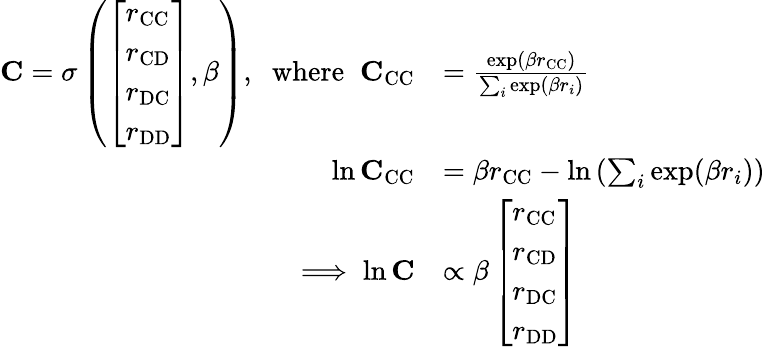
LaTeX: \begin{array}{rl}{\mathbf{C}=\sigma\left(\left[\begin{array}{l}{r_{\mathrm{CC}}}\\ {r_{\mathrm{CD}}}\\ {r_{\mathrm{DC}}}\\ {r_{\mathrm{DD}}}\end{array}\right],\beta\right),\; \; \mathrm{where}\; \; \mathbf{C}_{\mathrm{CC}}}&{=\frac{\exp(\beta r_{\mathrm{CC}})}{\sum_{i}\exp(\beta r_{i})}}\\ {\ln\mathbf{C}_{\mathrm{CC}}}&{=\beta r_{\mathrm{CC}}-\ln\left(\sum_{i}\exp(\beta r_{i})\right)}\\ {\implies\ln\mathbf{C}}&{\propto\beta\left[\begin{array}{l}{r_{\mathrm{CC}}}\\ {r_{\mathrm{CD}}}\\ {r_{\mathrm{DC}}}\\ {r_{\mathrm{DD}}}\end{array}\right]}\end{array}